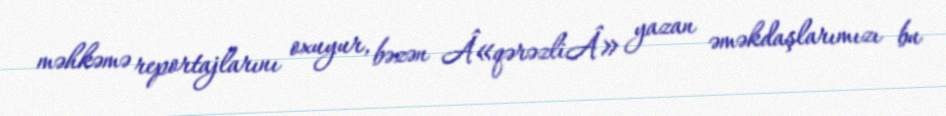
məhkəmə reportajlarını oxuyur, bəzən Â«qərəzliÂ» yazan əməkdaşlarımızı bu